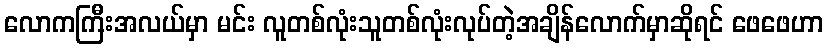
လောကကြီးအလယ်မှာ မင်း လူတစ်လုံးသူတစ်လုံးလုပ်တဲ့အချိန်လောက်မှာဆိုရင် ဖေဖေဟာ